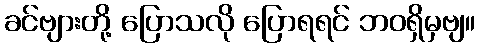
ခင်ဗျားတို့ ပြောသလို ပြောရရင် ဘဝရှိမှဗျ။